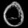
Digit: ၀